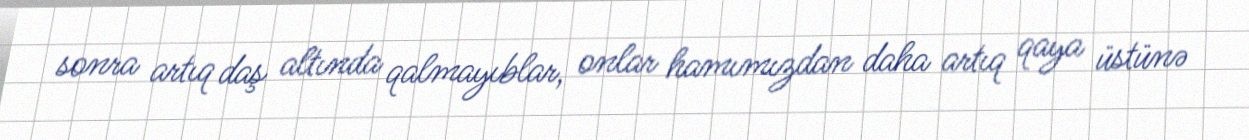
sonra artıq daş altında qalmayıblar, onlar hamımızdan daha artıq qaya üstünə